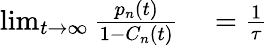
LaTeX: \begin{array}{rl}{\operatorname*{lim}_{t\to\infty}\frac{p_{n}(t)}{1-C_{n}(t)}}&{{}=\frac{1}{\tau}}\end{array}